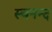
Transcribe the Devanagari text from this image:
स्वनन्द